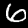
Label: 6